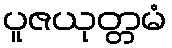
ပူဇယုတ္တမံ